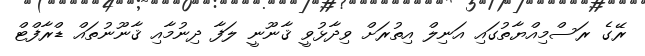
ރޭގެ ރަސްމިއްޔާތުގައި އަނިލް އިތުރަށް ވިދާޅުވީ ޤާނޫނީ ލަފާ ދިނުމާއި ޤާނޫނުތައް ޑްރާފްޓް